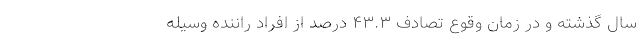
سال گذشته و در زمان وقوع تصادف ۴۳.۳ درصد از افراد راننده‌ وسیله‌